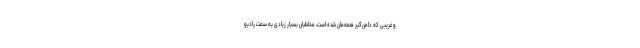
و غریبی که دامن‌گیر همه‌مان شده است، مخاطبان بسیار زیادی به سمت رادیو